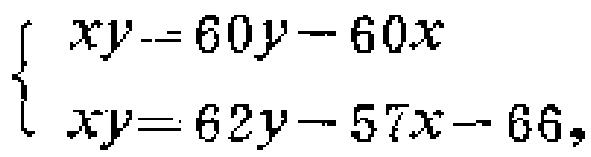
$\left\{\begin{array}{l}xy = 60y - 60x\\xy = 62y - 57x - 66,\end{array}\right.$